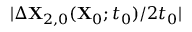
\vert \Delta \mathbf { X } _ { 2 , 0 } ( \mathbf { X } _ { 0 } ; t _ { 0 } ) / 2 t _ { 0 } \vert